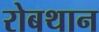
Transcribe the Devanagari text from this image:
रोबथान